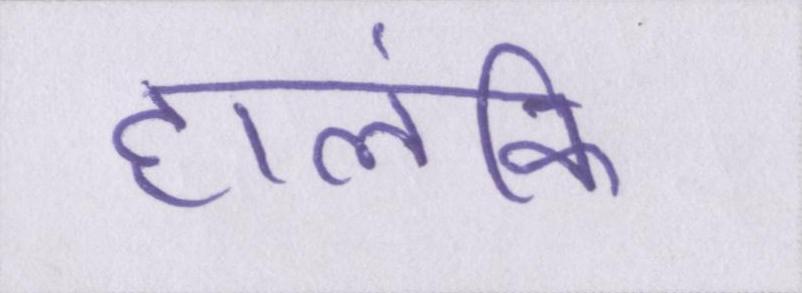
हालंकि